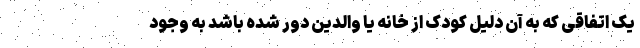
یک اتفاقی که به آن دلیل کودک از خانه یا والدین دور شده باشد به وجود